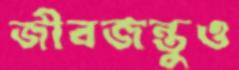
জীবজন্তুও